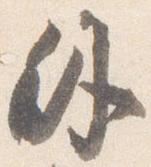
外